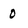
Character: o